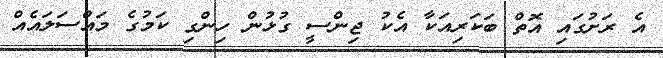
އެ ރަށުގައި އޮތް ބަކަރިއަކާ އެކު ޖިންސީ ގުޅުން ހިންގި ކަމުގެ މައްސަލައެއް